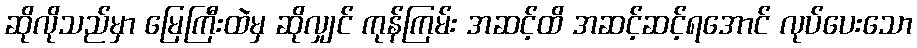
ဆိုလိုသည်မှာ မြေကြီးထဲမှ ဆိုလျှင် ကုန်ကြမ်း အဆင့်ထိ အဆင့်ဆင့်ရအောင် လုပ်ပေးသော